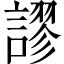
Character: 謬